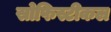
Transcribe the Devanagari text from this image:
सोफिस्टीकल